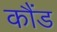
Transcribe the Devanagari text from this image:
कौंड